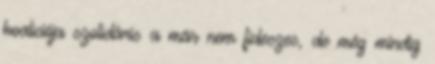
koalíciója szolidáris a már nem fideszes, de még mindig